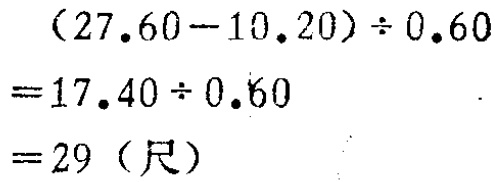
\[
\begin{align*}
&(27.60 - 10.20)\div0.60\\
=&17.40\div0.60\\
=&29 \text{（尺）}
\end{align*}
\]